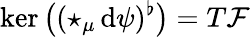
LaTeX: \ker\big((\star_{\mu}\, \mathrm{d}\psi)^{\flat}\big)=T{\mathcal F}